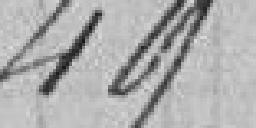
49